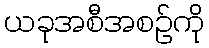
ယခုအစီအစဉ်ကို